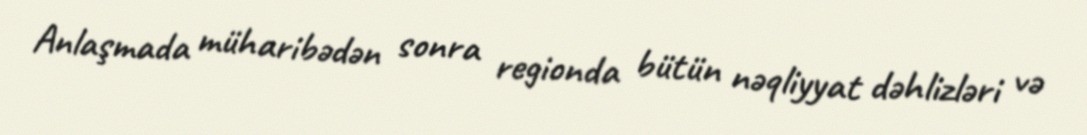
Anlaşmada müharibədən sonra regionda bütün nəqliyyat dəhlizləri və